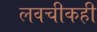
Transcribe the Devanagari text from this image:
लवचीकही